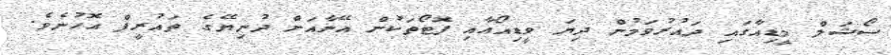
ސޯޝަލް މީޑިއާގައި ދައުރުވަމުން ދިޔަ ވީޑިއޯއާއި ފޮޓޯތަކުން އޭނާއަށް ދުނިޔޭގެ ތައުރީފް އޮހުނެވެ.